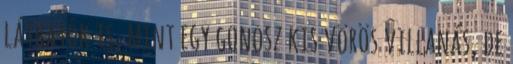
láthatók is, mint egy gonosz kis vörös villanás, de